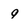
Character: 9